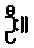
ဦး။